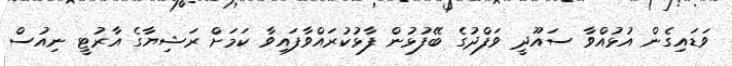
ވަޑައިގެން އުޅުއްވާ ސައޫދީ ވަފްދުގެ ބޭފުޅުން ފާޅުކުރައްވާފައިވާ ކަމަށް ރަޝިޔާގެ އާރުޓީ ނިއުސް